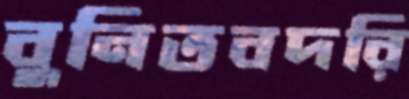
বুনিতবদরি